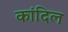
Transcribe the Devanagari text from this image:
कांदिल